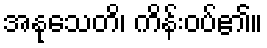
အနုသေတိ၊ ကိန်းဝပ်၏။